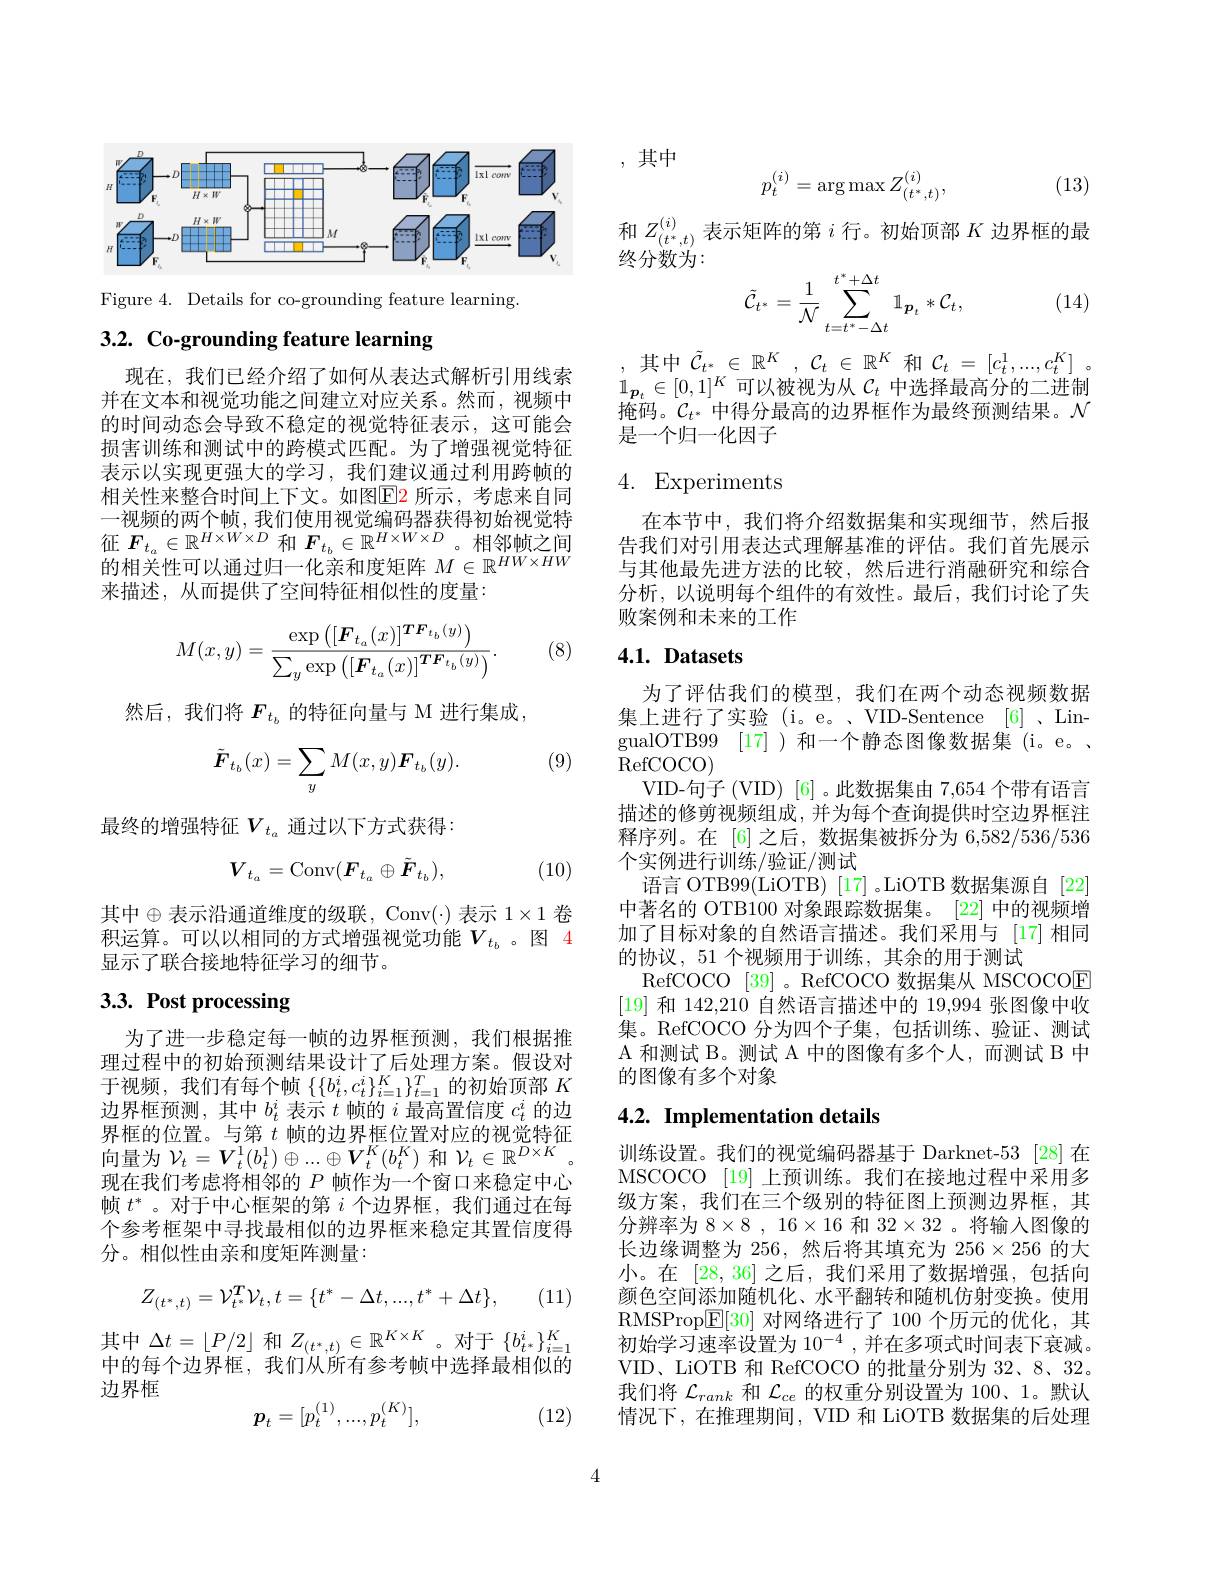
<FigureHere>

Figure 4. Details for co-grounding feature learning.

# 3.2. Co-grounding feature learning

现在，我们已经介绍了如何从表达式解析引用线索并在文本和视觉功能之间建立对应关系。然而，视频中的时间动态会导致不稳定的视觉特征表示，这可能会损害训练和测试中的跨模式匹配。为了增强视觉特征表示以实现更强大的学习，我们建议通过利用跨帧的相关性来整合时间上下文。如图$\color{red}{\mathrm{E}}\color{blue}{\mathrm{E}}\color{red}{\mathrm{E}}\color{red}{\mathrm{E}}\color{red}{\mathrm{E}}\color{red}{\mathrm{E}}\color{red}{\mathrm{E}}\color{red}{\mathrm{E}}\color{red}{\mathrm{E}}\color{red}{\mathrm{E}}\color{red}{\mathrm{E}}\color\color{red}{\mathrm{E}}{\mathrm{E}}\color{red}{\mathrm{E}}\color{red}{\mathrm{E}}\color{red}{\mathrm{E}}\color{red}{\mathrm{E}}\color{red}{\mathrm{E}}\color{red}{\mathrm{E}}\color{red}{\mathrm{E}}\color{red}{\mathrm{E}}\color n{E}{\mathrm{E}}\color{$ 一视频的两个帧，我们使用视觉编码器获得初始视觉特征$F_{t_a}\in\mathbb{R}^{H\times W\times D}$和$F_{t_b}\in\mathbb{R}^{H\times W\times D}$。相邻帧之间的相关性可以通过归一化亲和度矩阵$M\in\mathbb{R}^HW\times HW$ 来描述，从而提供了空间特征相似性的度量：
$$M(x,y)=\frac{\exp\left([\boldsymbol{F}_{t_a}(x)]^{\boldsymbol{T}\boldsymbol{F}_{t_b}(y)}\right)}{\sum_y\exp\left([\boldsymbol{F}_{t_a}(x)]^{\boldsymbol{T}\boldsymbol{F}_{t_b}(y)}\right)}.$$
(8)

然后，我们将 $F_{t_b}$ 的特征向量与 M 进行集成，

(9)
$$\tilde{\boldsymbol{F}}_{t_b}(x)=\sum_yM(x,y)\boldsymbol{F}_{t_b}(y).$$
最终的增强特征$V_{t_a}$通过以下方式获得：
$$V_{t_a}=\mathrm{Conv}(\boldsymbol{F}_{t_a}\oplus\tilde{\boldsymbol{F}}_{t_b}),$$
(10)

其中$\oplus$表示沿通道维度的级联，Conv(·)表示 1$\times1$ 卷积运算。可以以相同的方式增强视觉功能$V_{t_b}$ 。图 4显示了联合接地特征学习的细节。

# 3.3. Post processing

为了进一步稳定每一帧的边界框预测，我们根据推理过程中的初始预测结果设计了后处理方案。假设对于视频，我们有每个帧$\left\{\{b_t^i,c_t^i\}_{i=1}^K\right\}_{t=1}^T$的初始顶部$K$ 边界框预测，其中$b_t^i$表示$t$帧的$i$最高置信度$c_t^i$的边界框的位置。与第$t$帧的边界框位置对应的视觉特征向量为$\mathcal{V}_t=\boldsymbol{V}_t^1(b_t^1)\oplus...\oplus\boldsymbol{V}_t^K(b_t^K)$和$\mathcal{V}_t\in\mathbb{R}^D\times K$ 现在我们考虑将相邻的$P$帧作为一个窗口来稳定中心帧$t^*$。对于中心框架的第$i$个边界框，我们通过在每个参考框架中寻找最相似的边界框来稳定其置信度得分。相似性由亲和度矩阵测量：

(11)
$$Z_{(t^*,t)}=\mathcal V_{t^*}^T\mathcal V_t,t=\{t^*-\Delta t,...,t^*+\Delta t\},$$
其中$\Delta t=\lfloor P/2\rfloor$ 和 $Z_(t^*,t)\in\mathbb{R}^{K\times K}$。对于$\{b_t^*\}_i=1^K$ 中的每个边界框，我们从所有参考帧中选择最相似的边界框
$$p_t=[p_t^{(1)},...,p_t^{(K)}],$$
(12)

,其中
$$p_t^{(i)}=\arg\max Z_{(t^*,t)}^{(i)},$$
(13)

和$Z_{(t^*,t)}^{(i)}$表示矩阵的第$i$行。初始顶部$K$边界框的最
终分数为：
$$\tilde{\mathcal{C}}_{t^*}=\frac{1}{\mathcal{N}}\sum_{t=t^*-\Delta t}^{t^*+\Delta t}\mathbb{1}_{\boldsymbol{p}_t}*\mathcal{C}_t,$$
(14)

,其中$\tilde{\mathcal{C}}_t^*\in\mathbb{R}^K,\mathcal{C}_t\in\mathbb{R}^K$ 和$\mathcal{C} _t= [ c_t^1, . . . , c_t^K]$ . $1_{\boldsymbol{p}_t}\in[0,1]^K$可以被视为从$\mathcal{C}_t$中选择最高分的二进制掩码。$\mathcal{C}_{t^*}$中得分最高的边界框作为最终预测结果。$\mathcal{N}$ 是一个归一化因子

## 4. Experiments

在本节中，我们将介绍数据集和实现细节，然后报告我们对引用表达式理解基准的评估。我们首先展示与其他最先进方法的比较，然后进行消融研究和综合分析，以说明每个组件的有效性。最后，我们讨论了失败案例和未来的工作

## $4. 1. \textbf{ Datasets}$

为了评估我们的模型，我们在两个动态视频数据集上进行了实验(i。e。、VID-Sentence [6]、LingualOTB99 [17] )和一个静态图像数据集 (i。e。、 RefCOCO)
VID-句子(VID)[6]。此数据集由 7,654 个带有语言描述的修剪视频组成，并为每个查询提供时空边界框注释序列。在 [6] 之后，数据集被拆分为 6,582/536/536个实例进行训练/验证/测试
语言 OTB99(LiOTB) [17] 。LiOTB 数据集源自 [22] 中著名的 OTB100 对象跟踪数据集。[22] 中的视频增加了目标对象的自然语言描述。我们采用与 [17]相同的协议，51 个视频用于训练，其余的用于测试
RefCOCO [39]。RefCOCO 数据集从 MSCOCOE [19]和 142,210 自然语言描述中的 19,994 张图像中收集。RefCOCO 分为四个子集，包括训练、验证、测试A 和测试 B。测试 A 中的图像有多个人，而测试 B 中的图像有多个对象

## 4.2. Implementation details

训练设置。我们的视觉编码器基于 Darknet-53 [28]在MSCOCO [19] 上预训练。我们在接地过程中采用多级方案，我们在三个级别的特征图上预测边界框，其分辨率为$8\times8,16\times16$和$32\times32$ 。将输入图像的长边缘调整为 256, 然后将其填充为 256$\times256$的大小。在[28,36]之后，我们采用了数据增强，包括向颜色空间添加随机化、水平翻转和随机仿射变换。使用RMSProp$\boxed{\mathbb{E}}[30]$对网络进行了 100 个历元的优化，其初始学习速率设置为$10^-4$,并在多项式时间表下衰减。VID、LiOTB 和 RefCOCO 的批量分别为 32、8、32。我们将$\mathcal{L}_rank$和$\mathcal{L}_ce$的权重分别设置为 100、1。默认情况下，在推理期间，VID 和 LiOTB 数据集的后处理

4